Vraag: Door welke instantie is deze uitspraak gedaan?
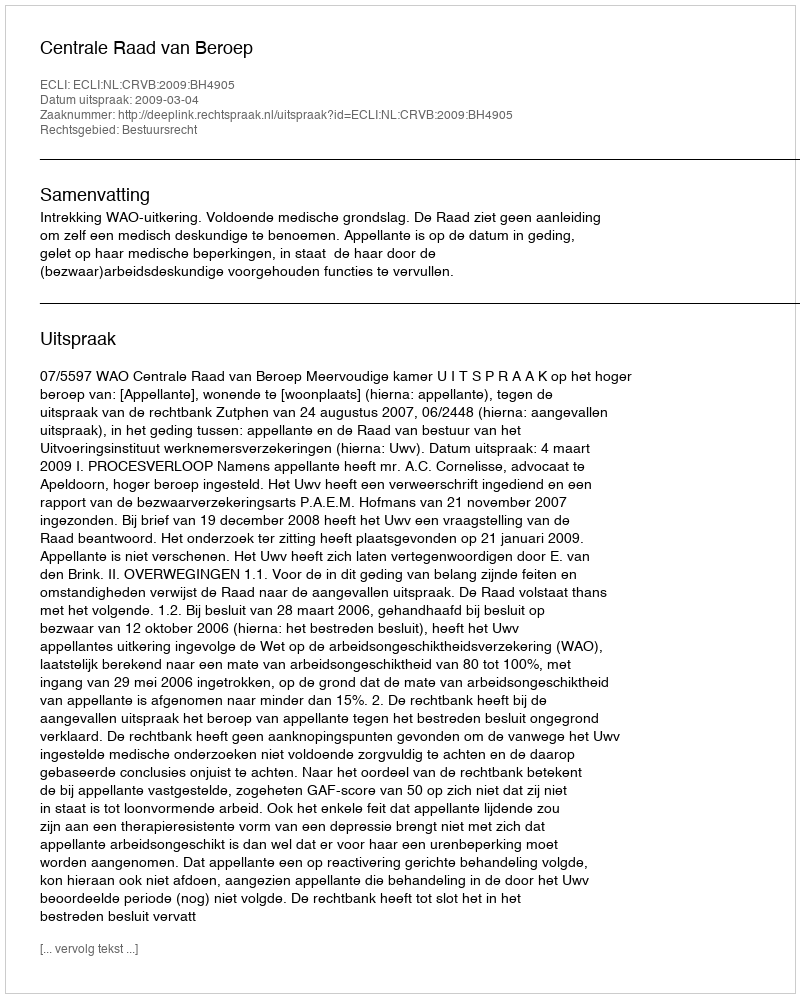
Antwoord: Centrale Raad van Beroep